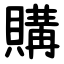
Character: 購